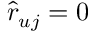
\hat { r } _ { u j } = 0